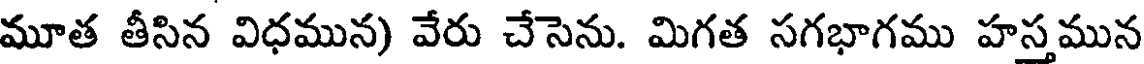
మూత తీసిన విధమున) వేరు చేసెను. మిగత సగభాగము హస్తమున